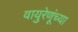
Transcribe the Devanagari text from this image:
वायुरेणूंच्या